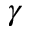
\gamma